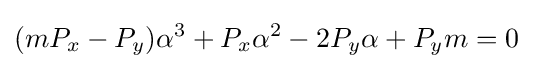
(mP_{x}-P_{y})\alpha ^{3}+P_{x}\alpha ^{2}-2P_{y}\alpha +P_{y}m=0